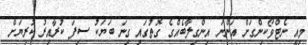
މިއީ ނެޓްވޯކިންގަށް އަންނަ އިންގިލާބެއްގެ ގޮތުގައި ގިނަ ބަޔަކު ސިފަ ކުރާއިރު ކުރިޔަށް